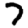
Digit: 7